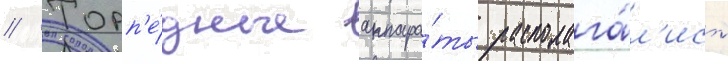
// Торп'е́дные аппара́ты располага́л'ись